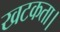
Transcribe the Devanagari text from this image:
खटकता।